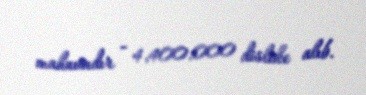
mahnısıdır - 4,400,000 dislike alıb.